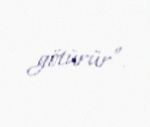
götürür”.